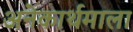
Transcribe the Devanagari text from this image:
अनेकार्थमाला